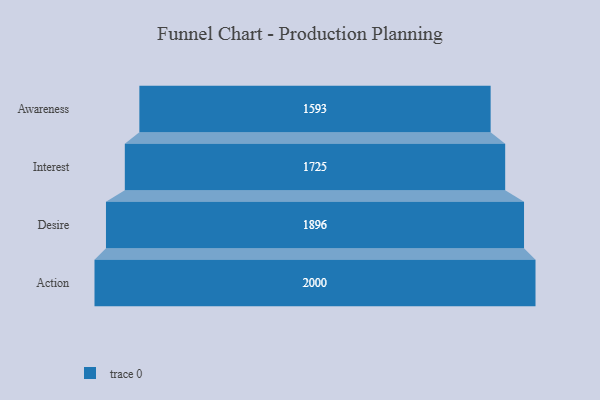
{"axis": {"x": "Stage", "y": "Value"}, "legend": [""], "data": [{"x": "Awareness", "y": 1593.0, "type": ""}, {"x": "Interest", "y": 1725.0, "type": ""}, {"x": "Desire", "y": 1896.0, "type": ""}, {"x": "Action", "y": 2000, "type": ""}]}